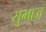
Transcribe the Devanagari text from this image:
सुभाज